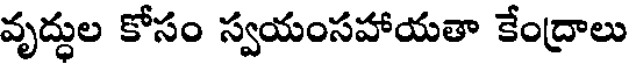
వృద్ధుల కోసం స్వయంసహాయతా కేంద్రాలు